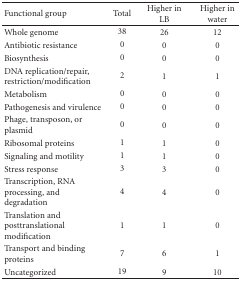
| Functional group | Total | Higher in LB | Higher in water |
 | --- | --- | --- | --- |
 | Whole genome | 38 | 26 | 12 |
 | Antibiotic resistance | 0 | 0 | 0 |
 | Biosynthesis | 0 | 0 | 0 |
 | DNA replication/repair, restriction/modification | 2 | 1 | 1 |
 | Metabolism | 0 | 0 | 0 |
 | Pathogenesis and virulence | 0 | 0 | 0 |
 | Phage, transposon, or plasmid | 0 | 0 | 0 |
 | Ribosomal proteins | 1 | 1 | 0 |
 | Signaling and motility | 1 | 1 | 0 |
 | Stress response | 3 | 3 | 0 |
 | Transcription, RNA processing, and degradation | 4 | 4 | 0 |
 | Translation and posttranslational modification | 1 | 1 | 0 |
 | Transport and binding proteins | 7 | 6 | 1 |
 | Uncategorized | 19 | 9 | 10 |